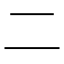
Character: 𠄞